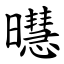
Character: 㬩